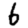
Digit: 6